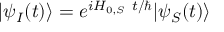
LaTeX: | \psi _ { I } ( t ) \rangle = e ^ { i H _ { 0 , S } ~ t / \hbar } | \psi _ { S } ( t ) \rangle